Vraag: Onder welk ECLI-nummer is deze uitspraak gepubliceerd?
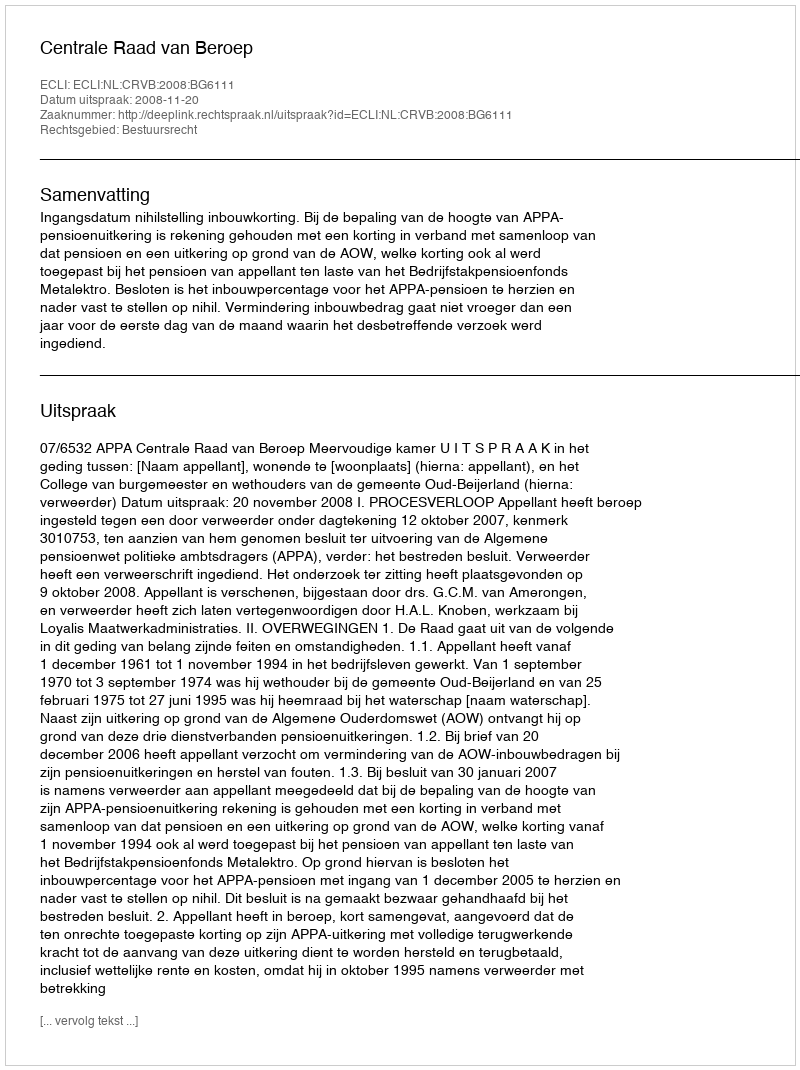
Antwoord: ECLI:NL:CRVB:2008:BG6111